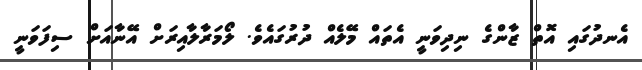
އެނދުގައި އޮތް ޒާންގެ ނިދިވަނީ އެތައް މޭލެއް ދުރުގައެވެ. ލޯމަރާލާއިރަށް އޭނާއަށް ސިފަވަނީ